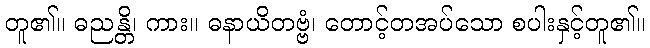
တူ၏။ ဓညန္တိ၊ ကား။ ဓနာယိတဗ္ဗံ၊ တောင့်တအပ်သော စပါးနှင့်တူ၏။